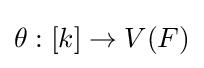
\theta :[k]\to V(F)